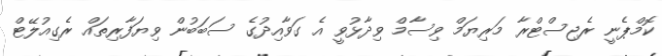
ކޮމްޕެނީ ރެޖިސްޓްރާ މަރިޔަމް ވިސާމް ވިދާޅުވީ އެ ގަވާއިދުގެ ސަބަބުން ވިޔަފާރިތައް ރެގިއުލޭޓް